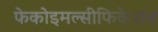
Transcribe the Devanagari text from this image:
फेकोइमल्सीफिकेशन